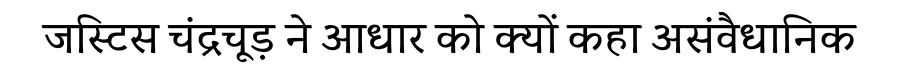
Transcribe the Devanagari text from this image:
जस्टिस चंद्रचूड़ ने आधार को क्यों कहा असंवैधानिक